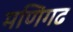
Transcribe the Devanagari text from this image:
मणिगढ